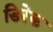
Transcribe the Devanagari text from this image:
डिरेक